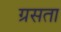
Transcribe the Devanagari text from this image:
ग्रसता